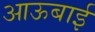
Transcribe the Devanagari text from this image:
आऊबाई